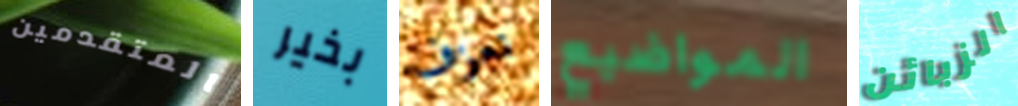
المتقدمين بخير نعزف المواضيع الزبائن